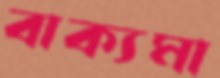
বাক্যমা